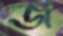
জ